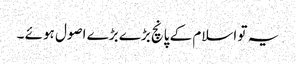
یہ تو اسلام کے پانچ بڑے بڑے اصول ہوئے ۔